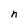
Character: n